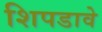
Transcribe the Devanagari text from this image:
शिपडावे